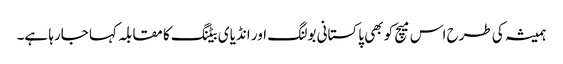
ہمیشہ کی طرح اس میچ کو بھی پاکستانی بولنگ اور انڈیای بیٹنگ کا مقابلہ کہا جارہا ہے۔